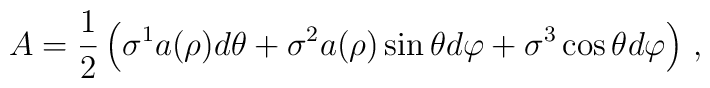
A=\frac{1}{2}\left(\sigma^1 a(\rho) d\theta+\sigma^2 a(\rho)\sin\theta d\varphi+\sigma^3 \cos\theta d\varphi \right)\,,